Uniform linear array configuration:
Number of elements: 12
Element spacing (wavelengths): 0.75
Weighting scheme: cosine
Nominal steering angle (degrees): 0
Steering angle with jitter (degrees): -0.1542
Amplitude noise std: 0.05
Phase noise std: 0.05

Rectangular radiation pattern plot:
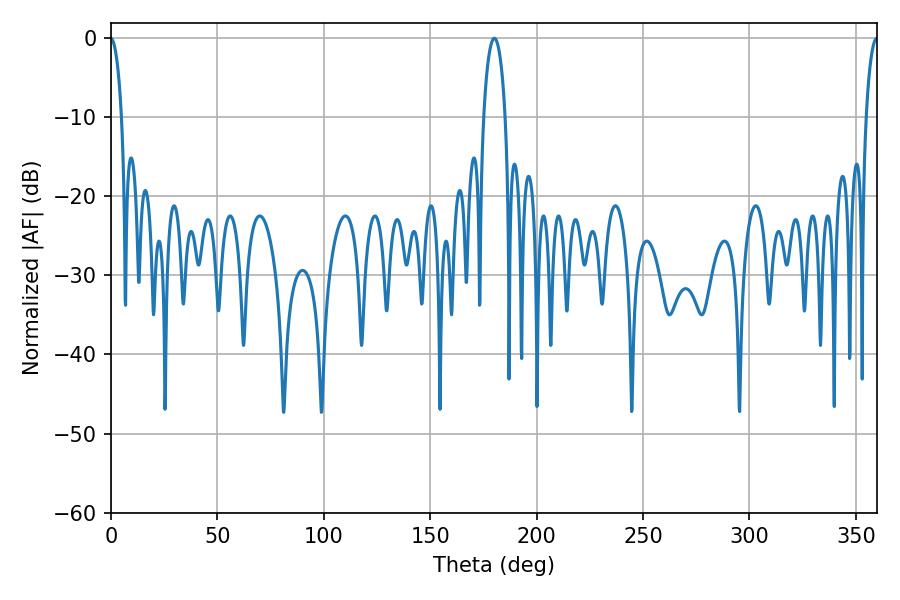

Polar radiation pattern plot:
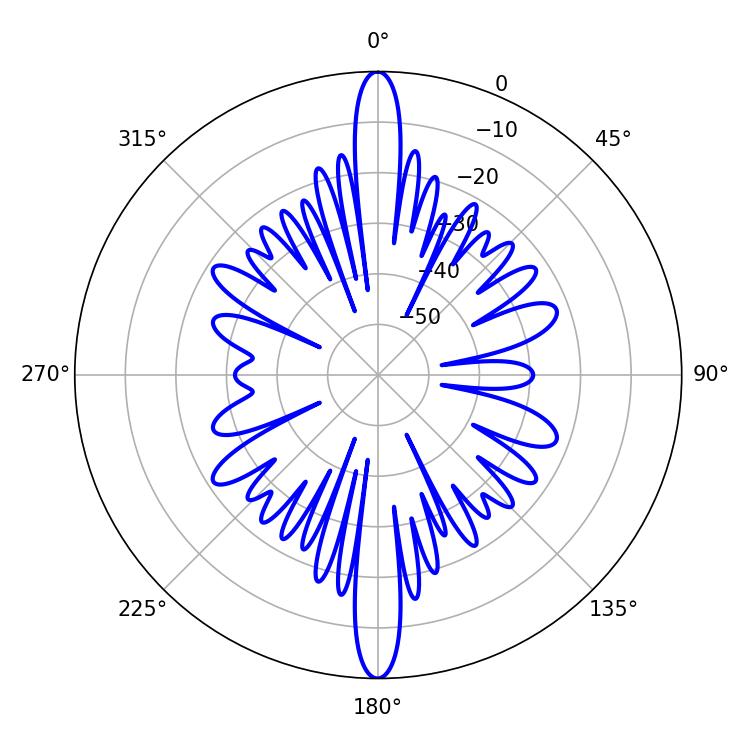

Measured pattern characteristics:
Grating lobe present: TRUE
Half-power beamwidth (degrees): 5.76
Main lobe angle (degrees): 180.18